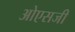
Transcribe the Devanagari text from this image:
ओएसजी